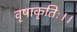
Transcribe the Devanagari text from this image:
वृषाकृतिः।।